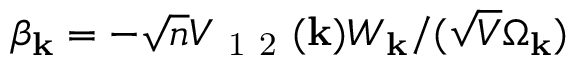
\beta _ { \mathbf { k } } = - \sqrt { n } V _ { \mathrm { ~ 1 ~ 2 ~ } } ( \mathbf { k } ) W _ { \mathbf { k } } / ( \sqrt { V } \Omega _ { \mathbf { k } } )